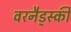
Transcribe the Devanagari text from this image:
वरनैड्स्की